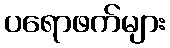
ပရောဖက်များ